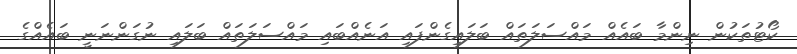
ކޯޓުތަކުން ނިންމާ ބައެއް މައްސަލަތައް ބަލައިގެންފައި އަނެއްބައި މައްސަލަތައް ބަލައި ނުގަންނަނީ ބައެއްގެ